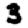
Digit: 3